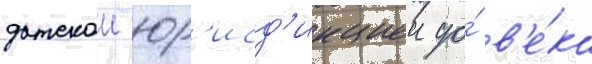
датскои юр'исд'икциеи до́ в'е́ка